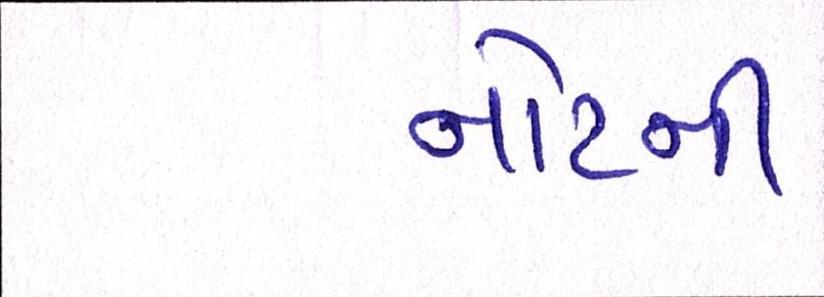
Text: નોટની